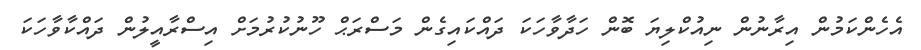
އެހެންކަމުން އިރާނުން ނިއުކްލިޔަ ބޮން ހަދާވާހަކަ ދައްކައިގެން މަސްރަޙް ހޫނުކުރުމަށް އިސްރާއީލުން ދައްކާވާހަކަ